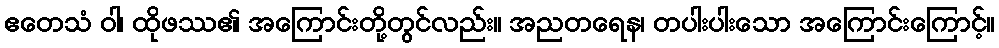
ဧတေသံ ဝါ၊ ထိုဖဿ၏ အကြောင်းတို့တွင်လည်း။ အညတရေန၊ တပါးပါးသော အကြောင်းကြောင့်။